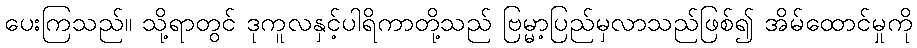
ပေးကြသည်။ သို့ရာတွင် ဒုကူလနှင့်ပါရိကာတို့သည် ဗြမ္မာ့ပြည်မှလာသည်ဖြစ်၍ အိမ်ထောင်မှုကို